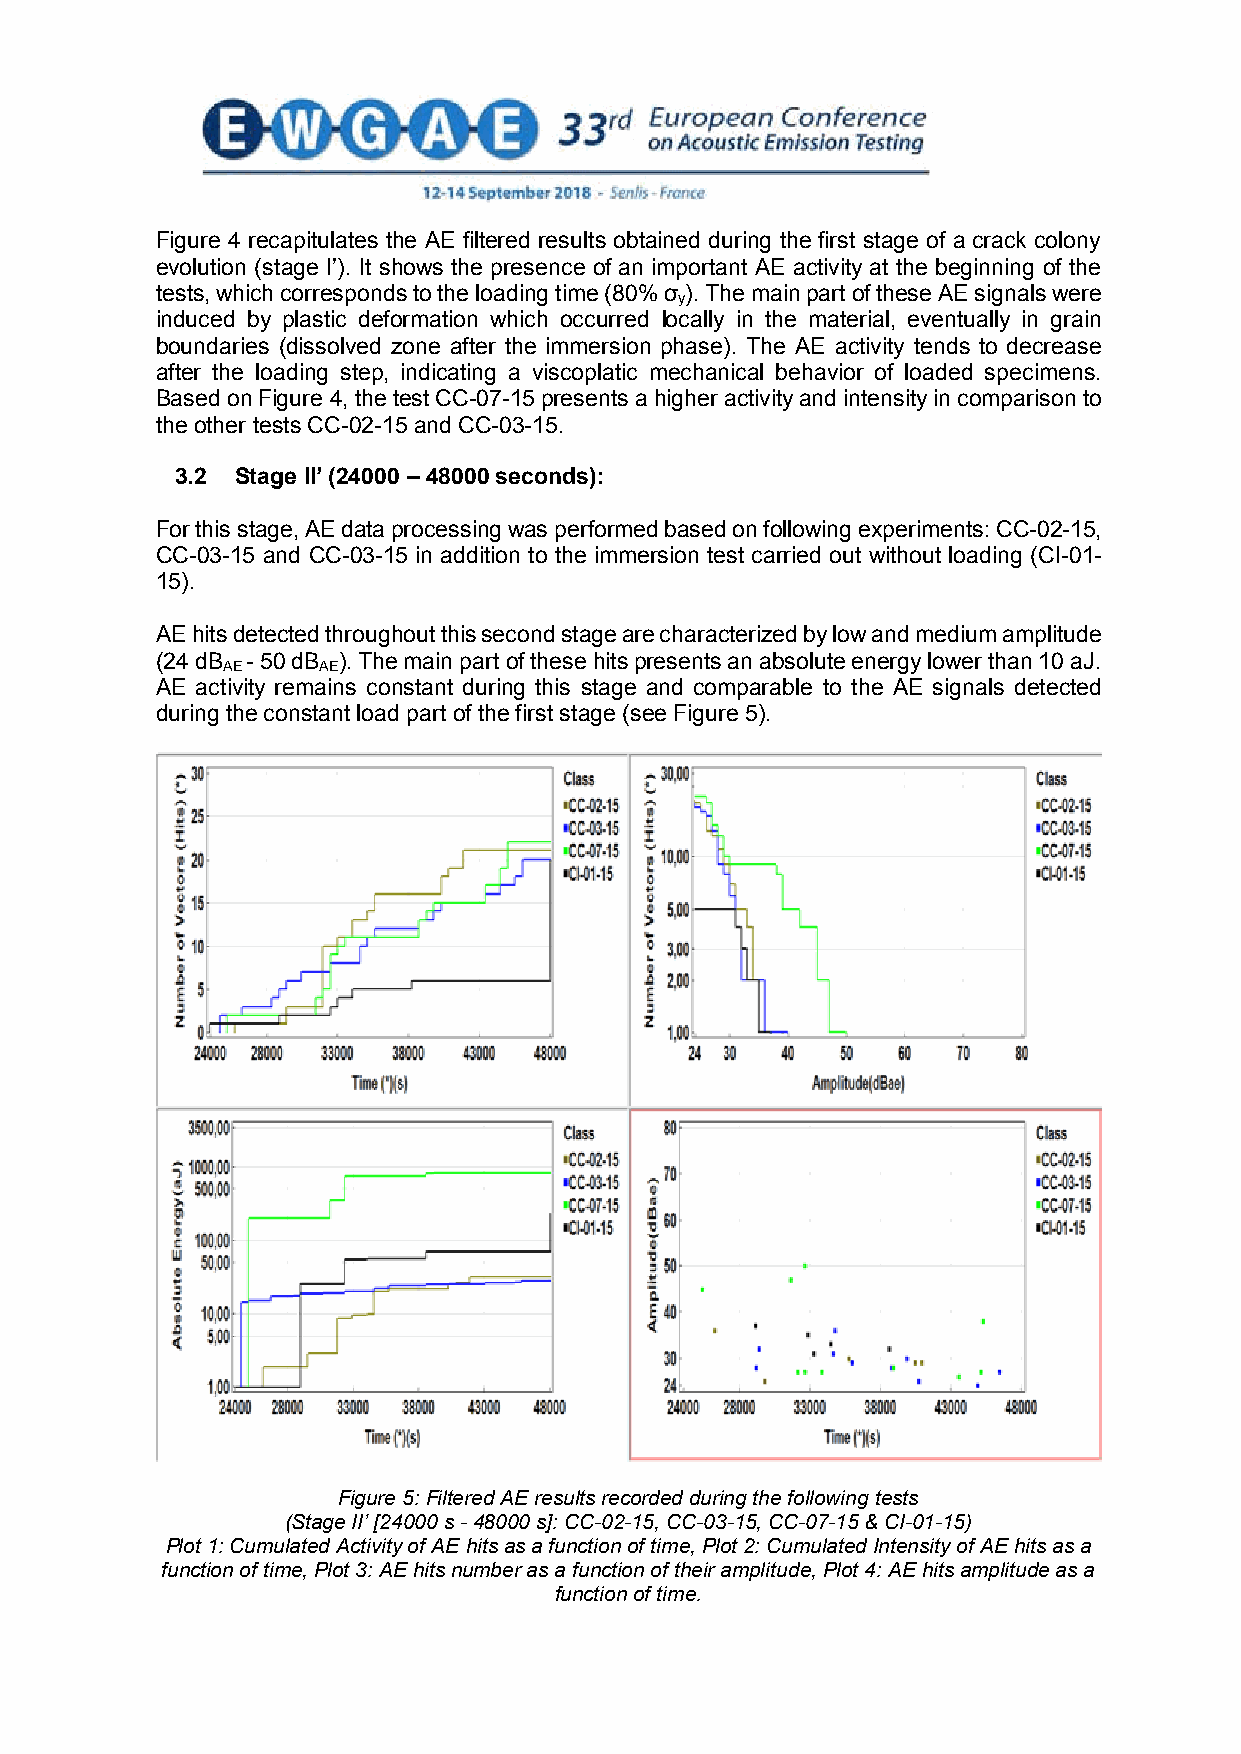
Figure 4 recapitulates the AE filtered results obtained during the first stage of a crack colony
 evolution (stage I’). It shows the presence of an important AE activity at the beginning of the
 tests, which corresponds to the loading time (80% σ ). The main part of these AE signals were
 y
 induced by plastic deformation which occurred locally in the material, eventually in grain
 boundaries (dissolved zone after the immersion phase). The AE activity tends to decrease
 after the loading step, indicating a viscoplatic mechanical behavior of loaded specimens.
 Based on Figure 4, the test CC-07-15 presents a higher activity and intensity in comparison to
 the other tests CC-02-15 and CC-03-15.
 3.2 Stage II’ (24000 – 48000 seconds):
 For this stage, AE data processing was performed based on following experiments: CC-02-15,
 CC-03-15 and CC-03-15 in addition to the immersion test carried out without loading (CI-01-
 15).
 AE hits detected throughout this second stage are characterized by low and medium amplitude
 (24 dB - 50 dB ). The main part of these hits presents an absolute energy lower than 10 aJ.
 AE    AE
 AE activity remains constant during this stage and comparable to the AE signals detected
 during the constant load part of the first stage (see Figure 5).
 Figure 5: Filtered AE results recorded during the following tests
 (Stage II’ [24000 s - 48000 s]: CC-02-15, CC-03-15, CC-07-15 & CI-01-15)
 Plot 1: Cumulated Activity of AE hits as a function of time, Plot 2: Cumulated Intensity of AE hits as a
 function of time, Plot 3: AE hits number as a function of their amplitude, Plot 4: AE hits amplitude as a
 function of time.
 7